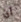
ان